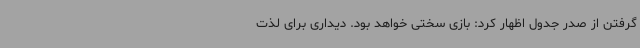
گرفتن از صدر جدول اظهار کرد: بازی سختی خواهد بود. دیداری برای لذت